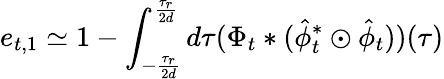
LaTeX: e_{t,1}\simeq 1-\int_{-\frac{\tau_{r}}{2d}}^{\frac{\tau_{r}}{2d}}d\tau(\Phi_{t}*(\hat{\phi}_{t}^{*}\odot\hat{\phi}_{t}))(\tau)